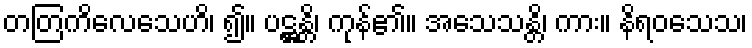
တတြကိလေသေဟိ၊ ၍။ ပဋ္ဌန္တိ၊ ကုန်၏။ အသေသန္တိ၊ ကား။ နိရဝသေသ၊